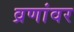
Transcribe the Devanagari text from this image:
व्रणांवर